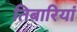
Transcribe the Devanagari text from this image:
तिबारियां